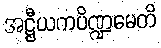
အဋ္ဌီယကပိဏ္ဍမေတိ